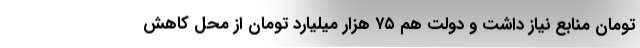
تومان منابع نیاز داشت و دولت هم ۷۵ هزار میلیارد تومان از محل کاهش